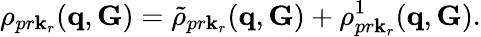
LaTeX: \rho_{pr\mathbf k_{r}}(\mathbf q,\mathbf G)=\tilde{\rho}_{pr\mathbf k_{r}}(\mathbf q,\mathbf G)+\rho_{pr\mathbf k_{r}}^{1}(\mathbf q,\mathbf G).